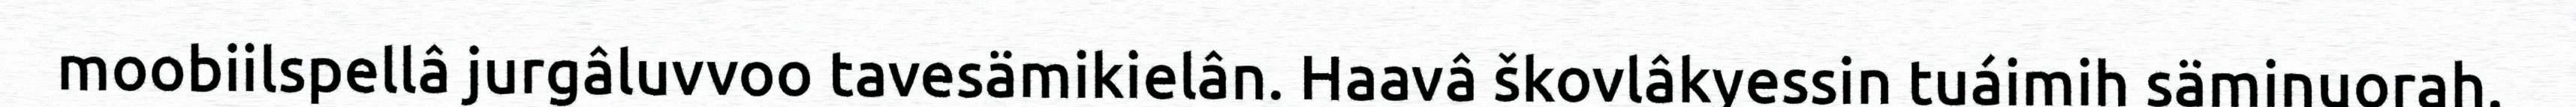
moobiilspellâ jurgâluvvoo tavesämikielân. Haavâ škovlâkyessin tuáimih säminuorah.